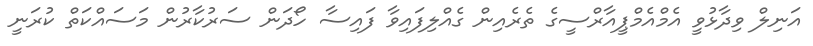
އަނިލް ވިދާޅުވީ އެމްއެމްޕީއާރްސީގެ ތެރެއިން ގެއްލިފައިވާ ފައިސާ ހޯދަން ސަރުކާރުން މަސައްކަތް ކުރަނީ